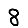
Digit: 8